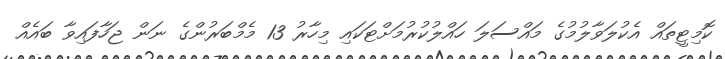
ކޮމިޓީތައް އެކުލަވާލުމުގެ މައްސަލަ ހައްލުކުރުމަށްޓަކައި މިހާރު 13 މެމްބަރުންގެ ނަން ޖަހާފައިވާ ބައެއް